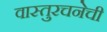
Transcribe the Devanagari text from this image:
वास्तुरचनेची